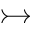
\rightarrowtail